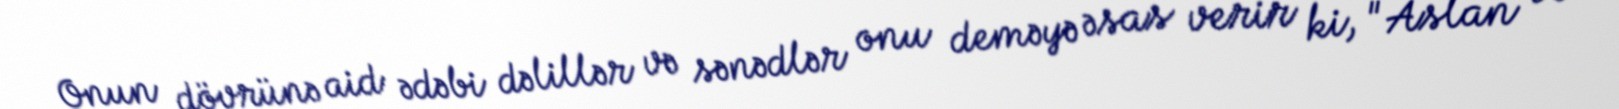
Onun dövrünə aid ədəbi dəlillər və sənədlər onu deməyə əsas verir ki, "Aslan və